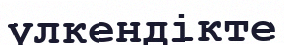
үлкендікте